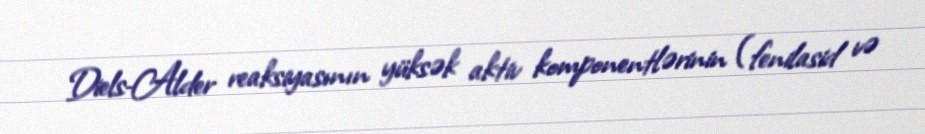
Diels-Alder reaksiyasının yüksək aktiv komponentlərinin (fenilasid və